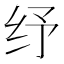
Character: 纾